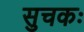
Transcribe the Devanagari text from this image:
सुचकः